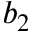
b _ { 2 }